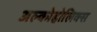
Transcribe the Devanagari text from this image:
अल्कोहोलिक्स